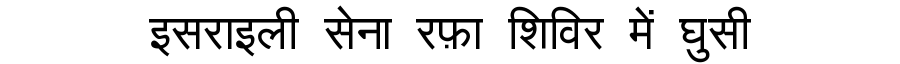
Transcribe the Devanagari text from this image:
इसराइली सेना रफ़ा शिविर में घुसी